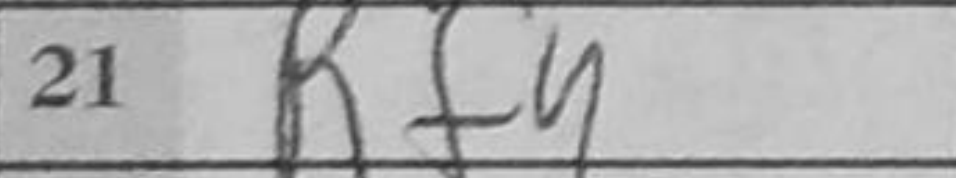
Transcription: Rf4